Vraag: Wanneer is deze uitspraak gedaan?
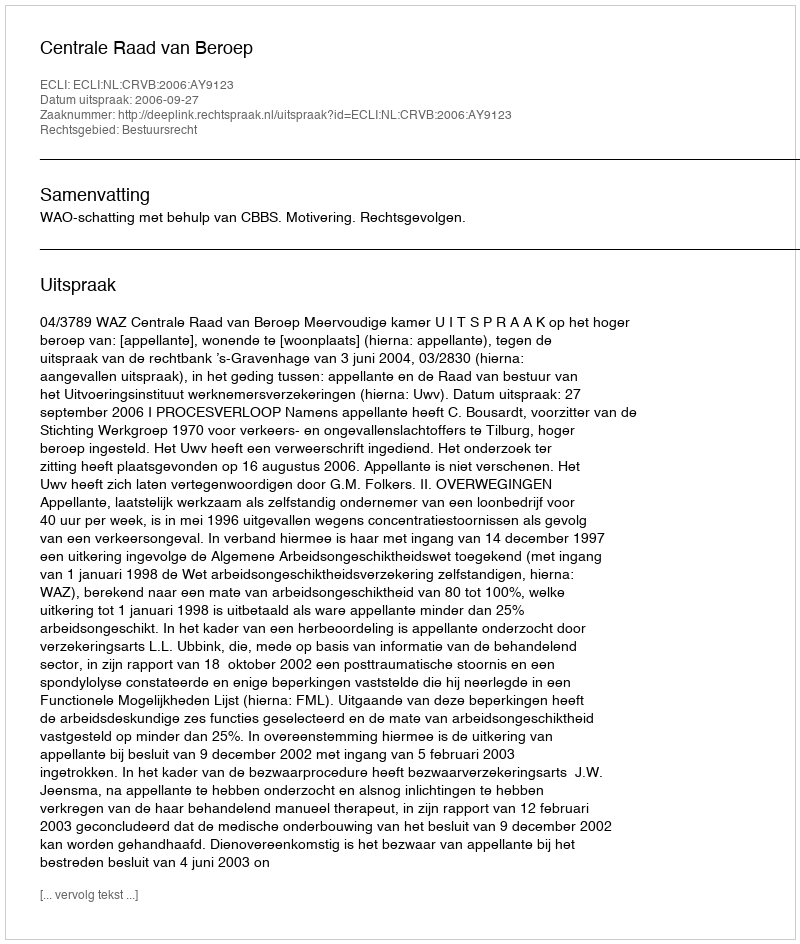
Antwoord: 2006-09-27